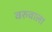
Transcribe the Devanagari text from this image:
वरुवाला